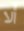
ألا